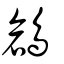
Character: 鶬